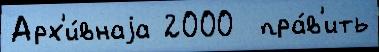
Арх'и́внаjа 2000  пра́в'ить